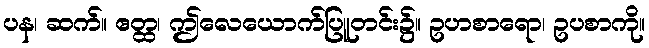
ပန၊ ဆက်။ ဧတ္ထ၊ ဤလေယောက်ပြူတင်း၌။ ဥပာစာရော၊ ဥပစာကို။